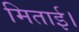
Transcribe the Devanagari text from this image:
मिताई।